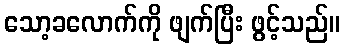
သော့ခလောက်ကို ဖျက်ပြီး ဖွင့်သည်။